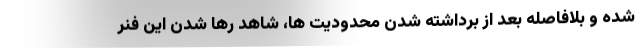
شده و بلافاصله بعد از برداشته شدن محدودیت ها، شاهد رها شدن این فنر